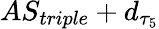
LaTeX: AS_{triple}+d_{\tau_{5}}